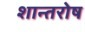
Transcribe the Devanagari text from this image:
शान्तरोष